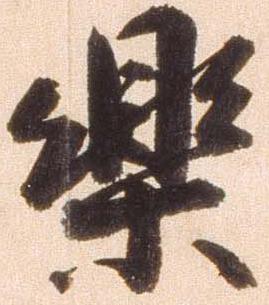
楽